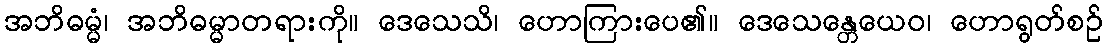
အဘိဓမ္မံ၊ အဘိဓမ္မာတရားကို။ ဒေသေသိ၊ ဟောကြားပေ၏။ ဒေသေန္တေယေဝ၊ ဟောရွတ်စဉ်